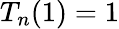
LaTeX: T_{n}(1)=1